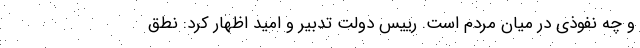
و چه نفوذی در میان مردم است. رییس دولت تدبیر و امید اظهار کرد: نطق